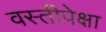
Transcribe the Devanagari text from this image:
वस्तीपेक्षा